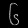
Digit: ၆